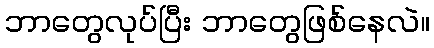
ဘာတွေလုပ်ပြီး ဘာတွေဖြစ်နေလဲ။